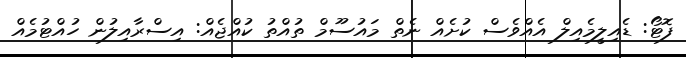
ފޮޓޯ: ޑެއިލީމެއިލް އެއްވެސް ކުށެއް ނެތް މައުސޫމް ތުއްތު ކުއްޖެއް: އިސްރާއިލުން ހުއްޓުމެއް